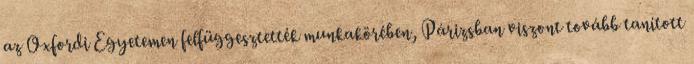
az Oxfordi Egyetemen felfüggesztették munkakörében, Párizsban viszont tovább tanított